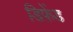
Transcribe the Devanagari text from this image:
डिफ़ेंड